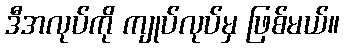
ဒီအလုပ်ကို ကျုပ်လုပ်မှ ဖြစ်မယ်။